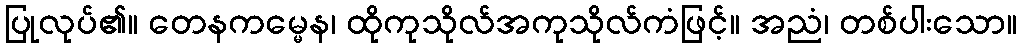
ပြုလုပ်၏။ တေနကမ္မေန၊ ထိုကုသိုလ်အကုသိုလ်ကံဖြင့်။ အညံ၊ တစ်ပါးသော။